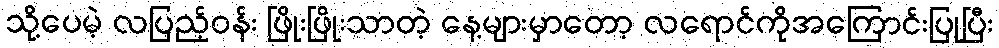
သို့ပေမဲ့ လပြည့်ဝန်း ဖြိုးဖြိုးသာတဲ့ နေ့များမှာတော့ လရောင်ကိုအကြောင်းပြုပြီး